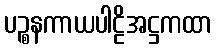
ပဉ္စနကာယပါဠိအဋ္ဌကထာ